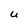
Character: U